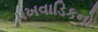
પખવાડિકનો